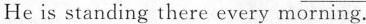
He is standing there every morning.